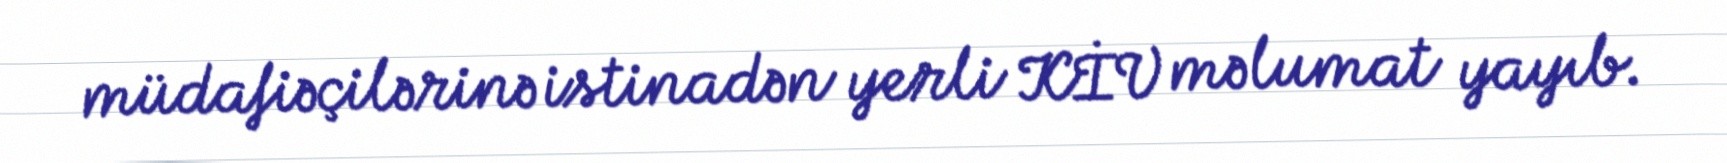
müdafiəçilərinə istinadən yerli KİV məlumat yayıb.